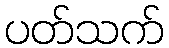
ပတ်သက်